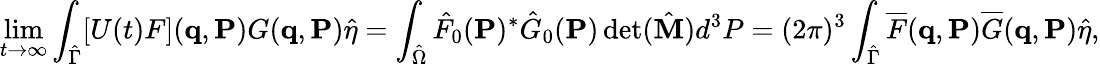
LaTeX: \operatorname*{lim}_{t\to\infty}\int_{\hat{\Gamma}}[U(t)F]({\mathbf{q}},{\mathbf{P}})G({\mathbf{q}},{\mathbf{P}})\hat{\eta}=\int_{\hat{\Omega}}\hat{F}_{0}({\mathbf{P}})^{*}\hat{G}_{0}({\mathbf{P}})\operatorname*{det}(\hat{\mathbf M})d^{3}P=(2\pi)^{3}\int_{\hat{\Gamma}}\overline{{F}}({\mathbf{q}},{\mathbf{P}})\overline{{G}}({\mathbf{q}},{\mathbf{P}})\hat{\eta},